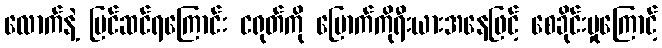
လောက်နဲ့ ပြင်ဆင်ရကြောင်း ငရုတ်ကို မြောက်ကိုရီးယားအနေဖြင့် စေခိုင်းမှုကြောင့်